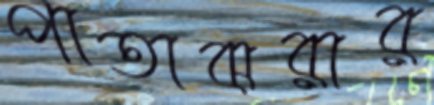
পাতাঝরার